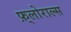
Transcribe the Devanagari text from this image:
फ़्लोराल्स